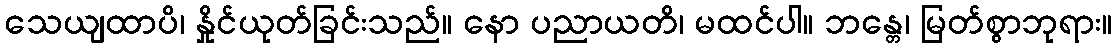
သေယျထာပိ၊ နှိုင်ယုတ်ခြင်းသည်။ နော ပညာယတိ၊ မထင်ပါ။ ဘန္တေ၊ မြတ်စွာဘုရား။